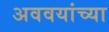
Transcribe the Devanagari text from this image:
अववयांच्या